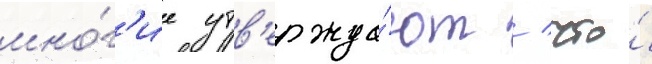
мно́г'ие утв'ержда́ют / что́